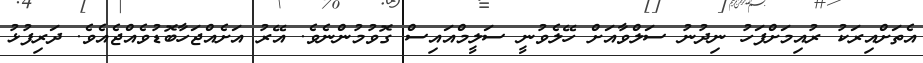
އެތަށްއިރަކު ރުއިމަށްފަހު ނިދުނު ސަލްވާއަށް ހޭލެވުނީ ސަލީމްއައިސް ގޮވުމުންނެވެ. އޭރު އަށެއްޖަހާބޮޑުވެއްޖެއެވެ. ދަރިފުޅު